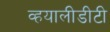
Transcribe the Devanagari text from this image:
व्हयालीडीटी